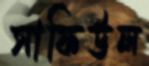
সাফিউল